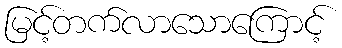
မြင့်တက်လာသောကြောင့်